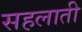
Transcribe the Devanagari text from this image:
सहलाती